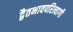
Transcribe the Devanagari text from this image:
द्वैतभावपरित्यागी